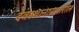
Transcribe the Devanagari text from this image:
देवस्थानासमोरील